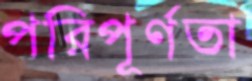
পরিপূর্ণতা